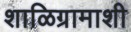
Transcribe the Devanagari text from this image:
शाळिग्रामाशी